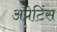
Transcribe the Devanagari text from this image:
अप्रेटिंस